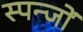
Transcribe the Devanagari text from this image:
स्पन्जों